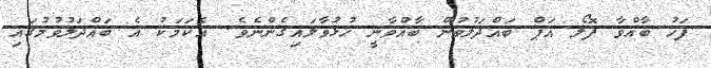
ފަހު ބާއްވާ ފޮލޯ އަޕް ބައްދަލުވުން ބާއްވާނީ ހުޅުވާލައިގެންނެވެ. އެކަމަކު އެ ބައްދަލުވުމުގައި